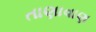
તાણાવાણ